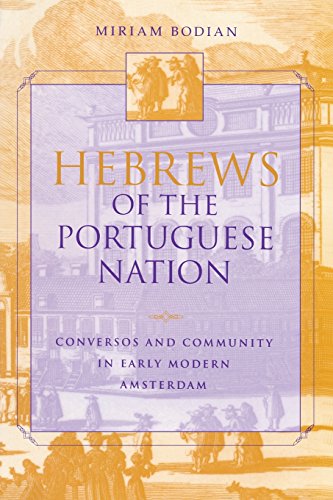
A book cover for Hebrews of the Portuguese Nation: Conversos and Community in Early Modern Amsterdam (The Modern Jewish Experience); Miriam Bodian; History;